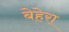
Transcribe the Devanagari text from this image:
बेहेरा